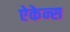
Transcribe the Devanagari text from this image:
ऐकेन्स